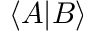
\langle A | B \rangle